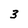
Character: 3